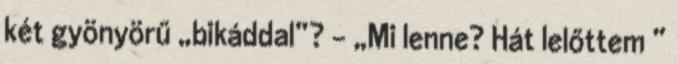
két gyönyörű „bikáddal”? – „Mi lenne? Hát lelőttem ”